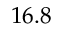
1 6 . 8